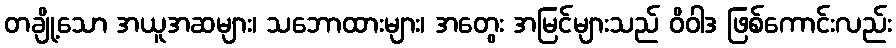
တချို့သော အယူအဆများ၊ သဘောထားများ၊ အတွေး အမြင်များသည် ဝိဝါဒ ဖြစ်ကောင်းလည်း